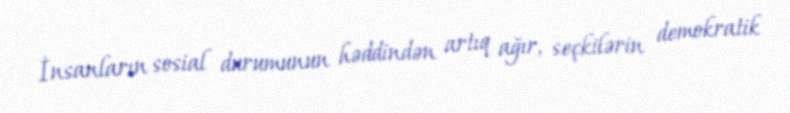
İnsanların sosial durumunun həddindən artıq ağır, seçkilərin demokratik